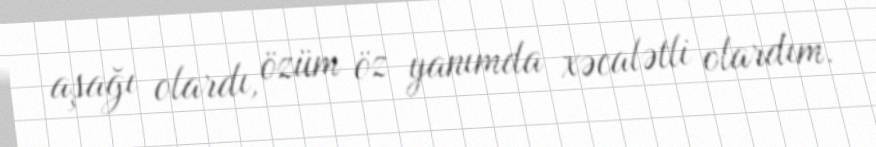
aşağı olardı, özüm öz yanımda xəcalətli olardım.